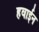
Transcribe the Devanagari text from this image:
हवाईन